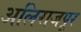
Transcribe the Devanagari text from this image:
अलिराजपूर